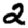
Digit: 2